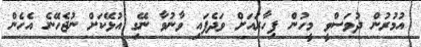
އުމުރުން ދުވަސްވީ މީހުން ފިހާރައަށް ވަދެފައި ވާނުވާ ނޭގި އުޅޭކަށް ނުޖެހޭނެ އެހެން